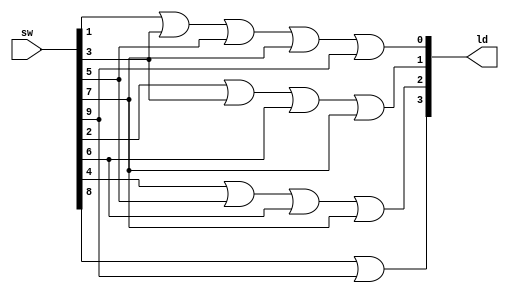
`timescale 1ns / 1ps
//////////////////////////////////////////////////////////////////////////////////
// Company: 
// Engineer: 
// 
// Design Name: 
// Module Name:    BCDmod 
// Project Name: 
// Target Devices: 
// Tool versions: 
// Description: 
//
// Dependencies: 
//
// Revision: 
// Revision 0.01 - File Created
// Additional Comments: 
//
//////////////////////////////////////////////////////////////////////////////////
module BCDmod(
	input [9:0] sw,
   output [3:0] ld );


assign ld[0]=sw[1]|sw[3]|sw[5]|sw[7]|sw[9];
assign ld[1]=sw[2]|sw[3]|sw[6]|sw[7];
assign ld[2]=sw[4]|sw[5]|sw[6]|sw[7];
assign ld[3]=sw[8]|sw[9];
endmodule